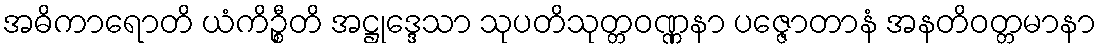
အဓိကာရောတိ ယံကိဉ္စီတိ အဋ္ဌုဒ္ဒေသာ သုပတိသုတ္တဝဏ္ဏနာ ပဇ္ဇောတာနံ အနတိဝတ္တမာနာ